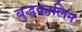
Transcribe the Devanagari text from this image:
बुद्धकालिन